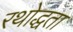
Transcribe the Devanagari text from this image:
रथोद्धता